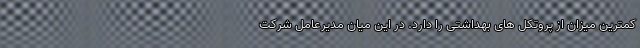
کمترین میزان از پروتکل های بهداشتی را دارد. در این میان مديرعامل شرکت